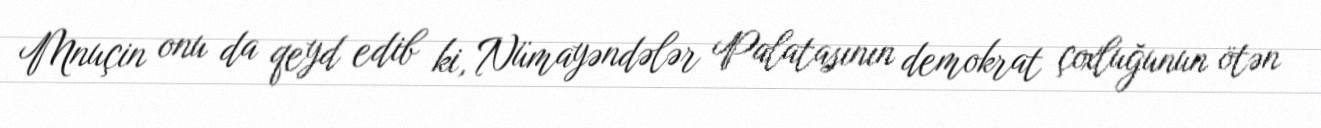
Mnuçin onu da qeyd edib ki, Nümayəndələr Palatasının demokrat çoxluğunun ötən